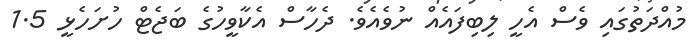
މުއްދަތުގައި ވެސް އެހީ ލިބިފައެއް ނުވެއެވެ. ދެހާސް އެކާވީހުގެ ބަޖެޓް ހުށަހެޅީ 1.5